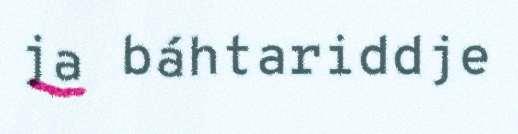
ja báhtariddje